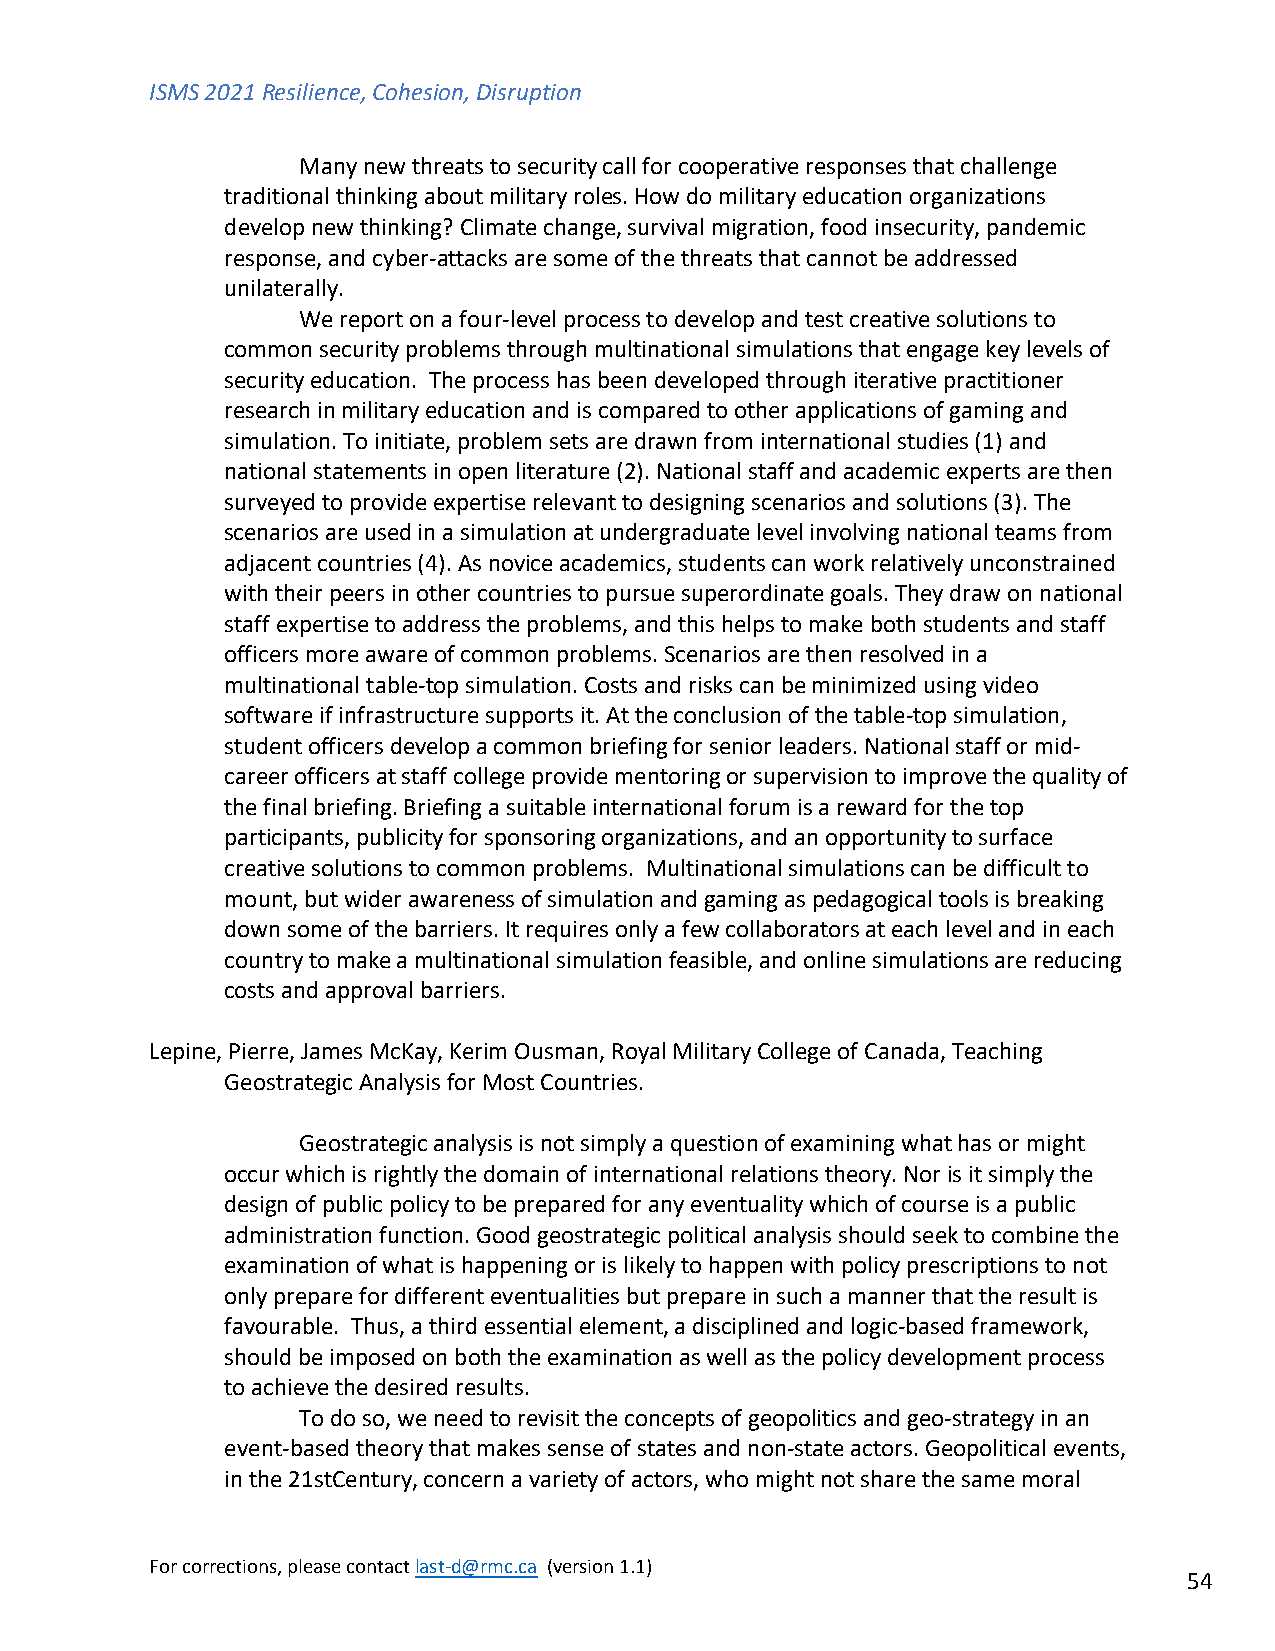
ISMS 2021 Resilience, Cohesion, Disruption
 Many new threats to security call for cooperative responses that challenge
 traditional thinking about military roles. How do military education organizations
 develop new thinking? Climate change, survival migration, food insecurity, pandemic
 response, and cyber-attacks are some of the threats that cannot be addressed
 unilaterally.
 We report on a four-level process to develop and test creative solutions to
 common security problems through multinational simulations that engage key levels of
 security education. The process has been developed through iterative practitioner
 research in military education and is compared to other applications of gaming and
 simulation. To initiate, problem sets are drawn from international studies (1) and
 national statements in open literature (2). National staff and academic experts are then
 surveyed to provide expertise relevant to designing scenarios and solutions (3). The
 scenarios are used in a simulation at undergraduate level involving national teams from
 adjacent countries (4). As novice academics, students can work relatively unconstrained
 with their peers in other countries to pursue superordinate goals. They draw on national
 staff expertise to address the problems, and this helps to make both students and staff
 officers more aware of common problems. Scenarios are then resolved in a
 multinational table-top simulation. Costs and risks can be minimized using video
 software if infrastructure supports it. At the conclusion of the table-top simulation,
 student officers develop a common briefing for senior leaders. National staff or mid-
 career officers at staff college provide mentoring or supervision to improve the quality of
 the final briefing. Briefing a suitable international forum is a reward for the top
 participants, publicity for sponsoring organizations, and an opportunity to surface
 creative solutions to common problems. Multinational simulations can be difficult to
 mount, but wider awareness of simulation and gaming as pedagogical tools is breaking
 down some of the barriers. It requires only a few collaborators at each level and in each
 country to make a multinational simulation feasible, and online simulations are reducing
 costs and approval barriers.
 Lepine, Pierre, James McKay, Kerim Ousman, Royal Military College of Canada, Teaching
 Geostrategic Analysis for Most Countries.
 Geostrategic analysis is not simply a question of examining what has or might
 occur which is rightly the domain of international relations theory. Nor is it simply the
 design of public policy to be prepared for any eventuality which of course is a public
 administration function. Good geostrategic political analysis should seek to combine the
 examination of what is happening or is likely to happen with policy prescriptions to not
 only prepare for different eventualities but prepare in such a manner that the result is
 favourable. Thus, a third essential element, a disciplined and logic-based framework,
 should be imposed on both the examination as well as the policy development process
 to achieve the desired results.
 To do so, we need to revisit the concepts of geopolitics and geo-strategy in an
 event-based theory that makes sense of states and non-state actors. Geopolitical events,
 in the 21stCentury, concern a variety of actors, who might not share the same moral
 For corrections, please contact last-d@rmc.ca (version 1.1)
 54